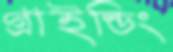
গ্রাইন্ডিং